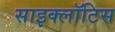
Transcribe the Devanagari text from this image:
साइक्लॉटिस